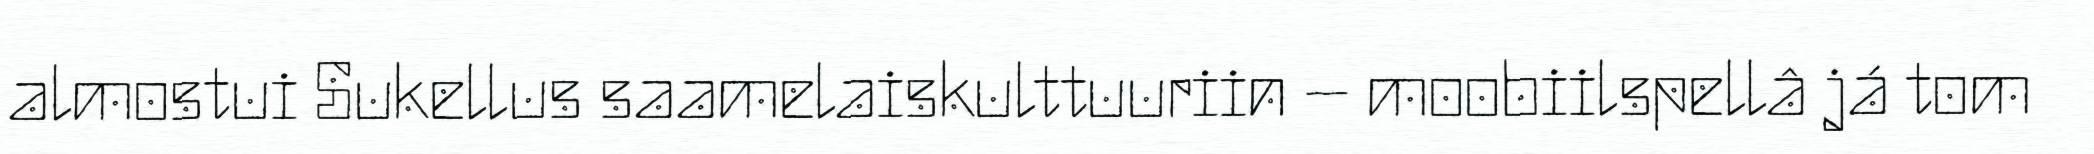
almostui Sukellus saamelaiskulttuuriin – moobiilspellâ já tom